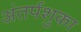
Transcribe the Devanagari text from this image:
अंतर्पशुका